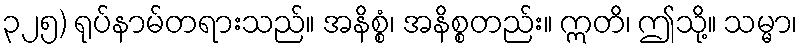
၃၂၅) ရုပ်နာမ်တရားသည်။ အနိစ္စံ၊ အနိစ္စတည်း။ ဣတိ၊ ဤသို့။ သမ္မာ၊